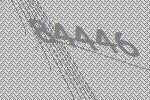
84446